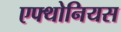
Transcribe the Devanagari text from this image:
एफ्थोनियस